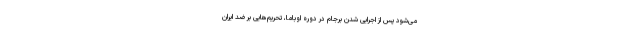
می‌شود پس از اجرایی شدن برجام در دوره اوباما، تحریم‌هایی بر ضد ایران